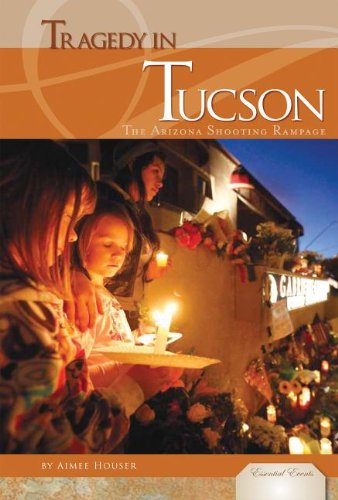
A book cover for Tragedy in Tucson: The Arizona Shooting Rampage (Essential Events); Aimee Houser; Teen & Young Adult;